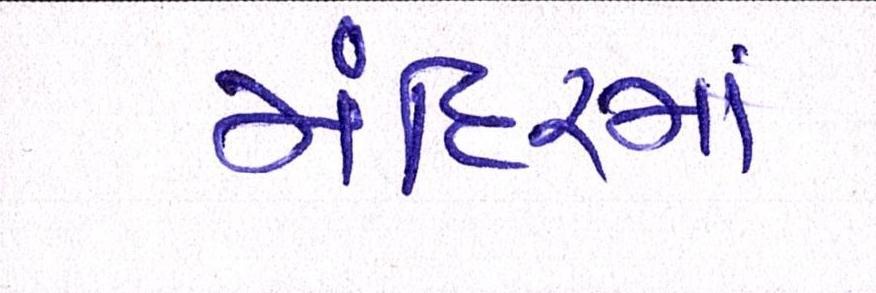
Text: મંદિરમાં